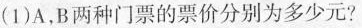
(1) A，B两种门票的票价分别为多少元?